Indian journal of veterinary science and animal husbandry - Volumes 22-23, 1952-1953
Year: 1952
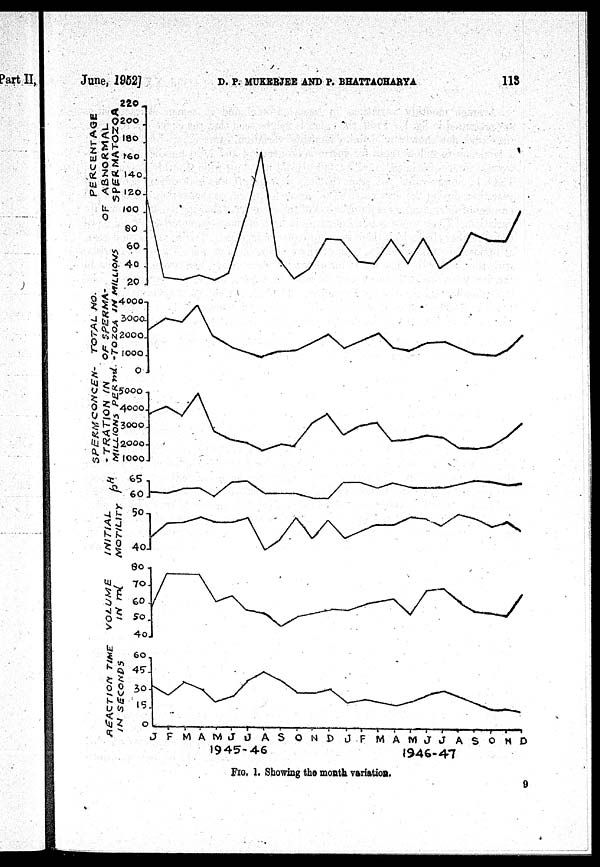
June,
1952]
D. P. MUKERJEE AND P. BHATTACHARYA
113
FIG, 1. Showing the month variation.
9